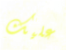
عليك